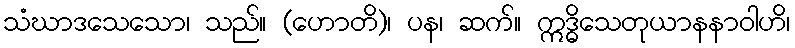
သံဃာဒသေသော၊ သည်။ (ဟောတိ)၊ ပန၊ ဆက်။ ဣဒ္ဓိသေတုယာနနာဝါဟိ၊